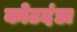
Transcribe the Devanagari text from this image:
कोटदंडा